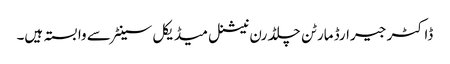
ڈاکٹر جیرارڈ مارٹن چلڈرن نیشنل میڈیکل سینٹر سے وابستہ ہیں۔